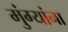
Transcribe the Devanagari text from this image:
मुंग्यांना